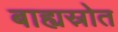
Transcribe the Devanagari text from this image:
बाह्यस्रोत